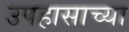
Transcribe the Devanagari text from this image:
उपहासाच्या